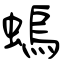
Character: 螐